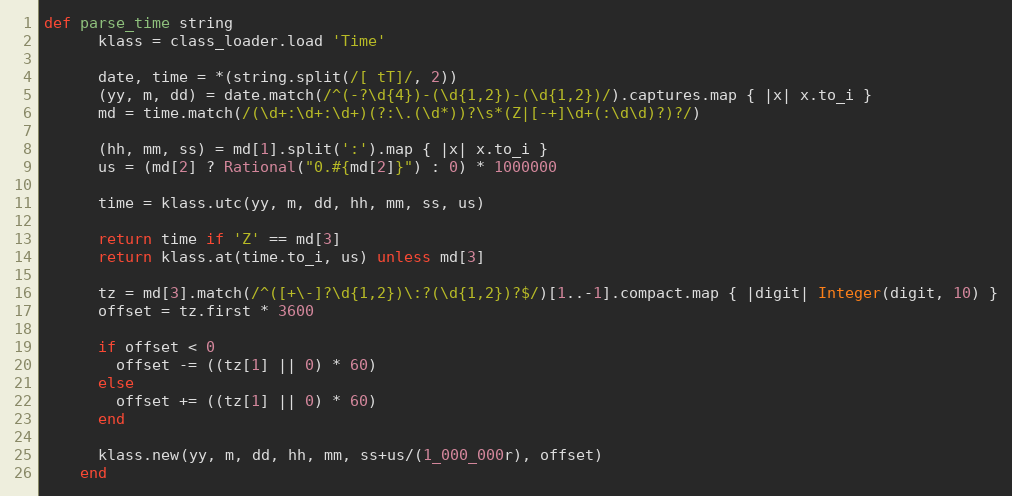
Language: Ruby
def parse_time string
      klass = class_loader.load 'Time'

      date, time = *(string.split(/[ tT]/, 2))
      (yy, m, dd) = date.match(/^(-?\d{4})-(\d{1,2})-(\d{1,2})/).captures.map { |x| x.to_i }
      md = time.match(/(\d+:\d+:\d+)(?:\.(\d*))?\s*(Z|[-+]\d+(:\d\d)?)?/)

      (hh, mm, ss) = md[1].split(':').map { |x| x.to_i }
      us = (md[2] ? Rational("0.#{md[2]}") : 0) * 1000000

      time = klass.utc(yy, m, dd, hh, mm, ss, us)

      return time if 'Z' == md[3]
      return klass.at(time.to_i, us) unless md[3]

      tz = md[3].match(/^([+\-]?\d{1,2})\:?(\d{1,2})?$/)[1..-1].compact.map { |digit| Integer(digit, 10) }
      offset = tz.first * 3600

      if offset < 0
        offset -= ((tz[1] || 0) * 60)
      else
        offset += ((tz[1] || 0) * 60)
      end

      klass.new(yy, m, dd, hh, mm, ss+us/(1_000_000r), offset)
    end